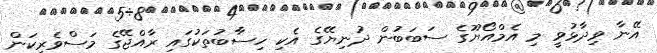
އޭނާ ވިދާޅުވީ މި އެމްއޯޔޫގެ ސަބަބުން ދުނިޔޭގެ އެކި ހިސާބުތަކުގައި ރާއްޖޭގެ މަސްވެރިކަން